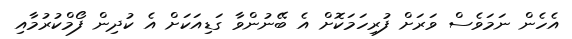
އެހެން ނަމަވެސް ވަރަށް ފުރިހަމަކޮށް އެ ބޭނުންވާ ގަޑިއަކަށް އެ ކުދިން ފޯމްކުރުމާއި